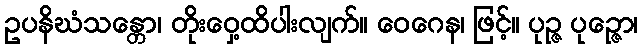
ဥပနိဃံသန္တော၊ တိုးဝှေ့ထိပါးလျက်။ ဝေဂေန၊ ဖြင့်။ ပုဉ္ဇ ပုဉ္ဇော၊